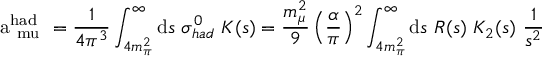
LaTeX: \mathrm { ~ a _ { \ m u } ^ { h a d } ~ } = { \frac { 1 } { 4 \pi ^ { 3 } } } \int _ { 4 m _ { \pi } ^ { 2 } } ^ { \infty } \mathrm { d } s \ \sigma _ { h a d } ^ { 0 } \ K ( s ) = { \frac { m _ { \mu } ^ { 2 } } { 9 } } \left( \frac { \alpha } { \pi } \right) ^ { 2 } \int _ { 4 m _ { \pi } ^ { 2 } } ^ { \infty } \mathrm { d } s \ R ( s ) \ K _ { 2 } ( s ) \ { \frac { 1 } { s ^ { 2 } } }